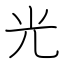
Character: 光